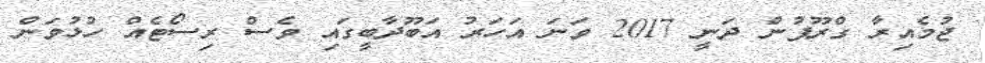
ޖުމެއިރާ ގްރޫޕުން ދަނީ 2017 ވަނަ އަހަރު އަބޫދާބީގައި ވެސް ރިސޯޓެއް ހުޅުވަން